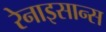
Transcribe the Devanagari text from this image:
रेनाइसान्स